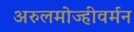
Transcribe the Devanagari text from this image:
अरुलमोज्हीवर्मन